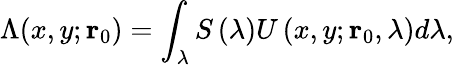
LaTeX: \Lambda(x,y;\mathbf{r}_{0})=\int_{\lambda}S\left(\lambda\right)U\left(x,y;\mathbf{r}_{0},\lambda\right)d\lambda,